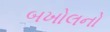
બખોલનો